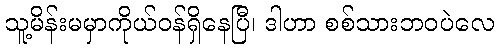
သူ့မိန်းမမှာကိုယ်ဝန်ရှိနေပြီ၊ ဒါဟာ စစ်သားဘဝပဲလေ